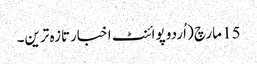
15 مارچ ( اُردو پوائنٹ اخبارتازہ ترین۔